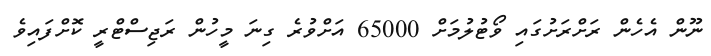
ނޫން އެހެން ރަށްރަށުގައި ވޯޓުލުމަށް 65000 އަށްވުރެ ގިނަ މީހުން ރަޖިސްޓްރީ ކޮށްފައިވެ